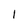
Character: 1